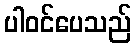
ပါဝင်ပေသည်